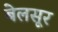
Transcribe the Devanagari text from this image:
बेलसूर